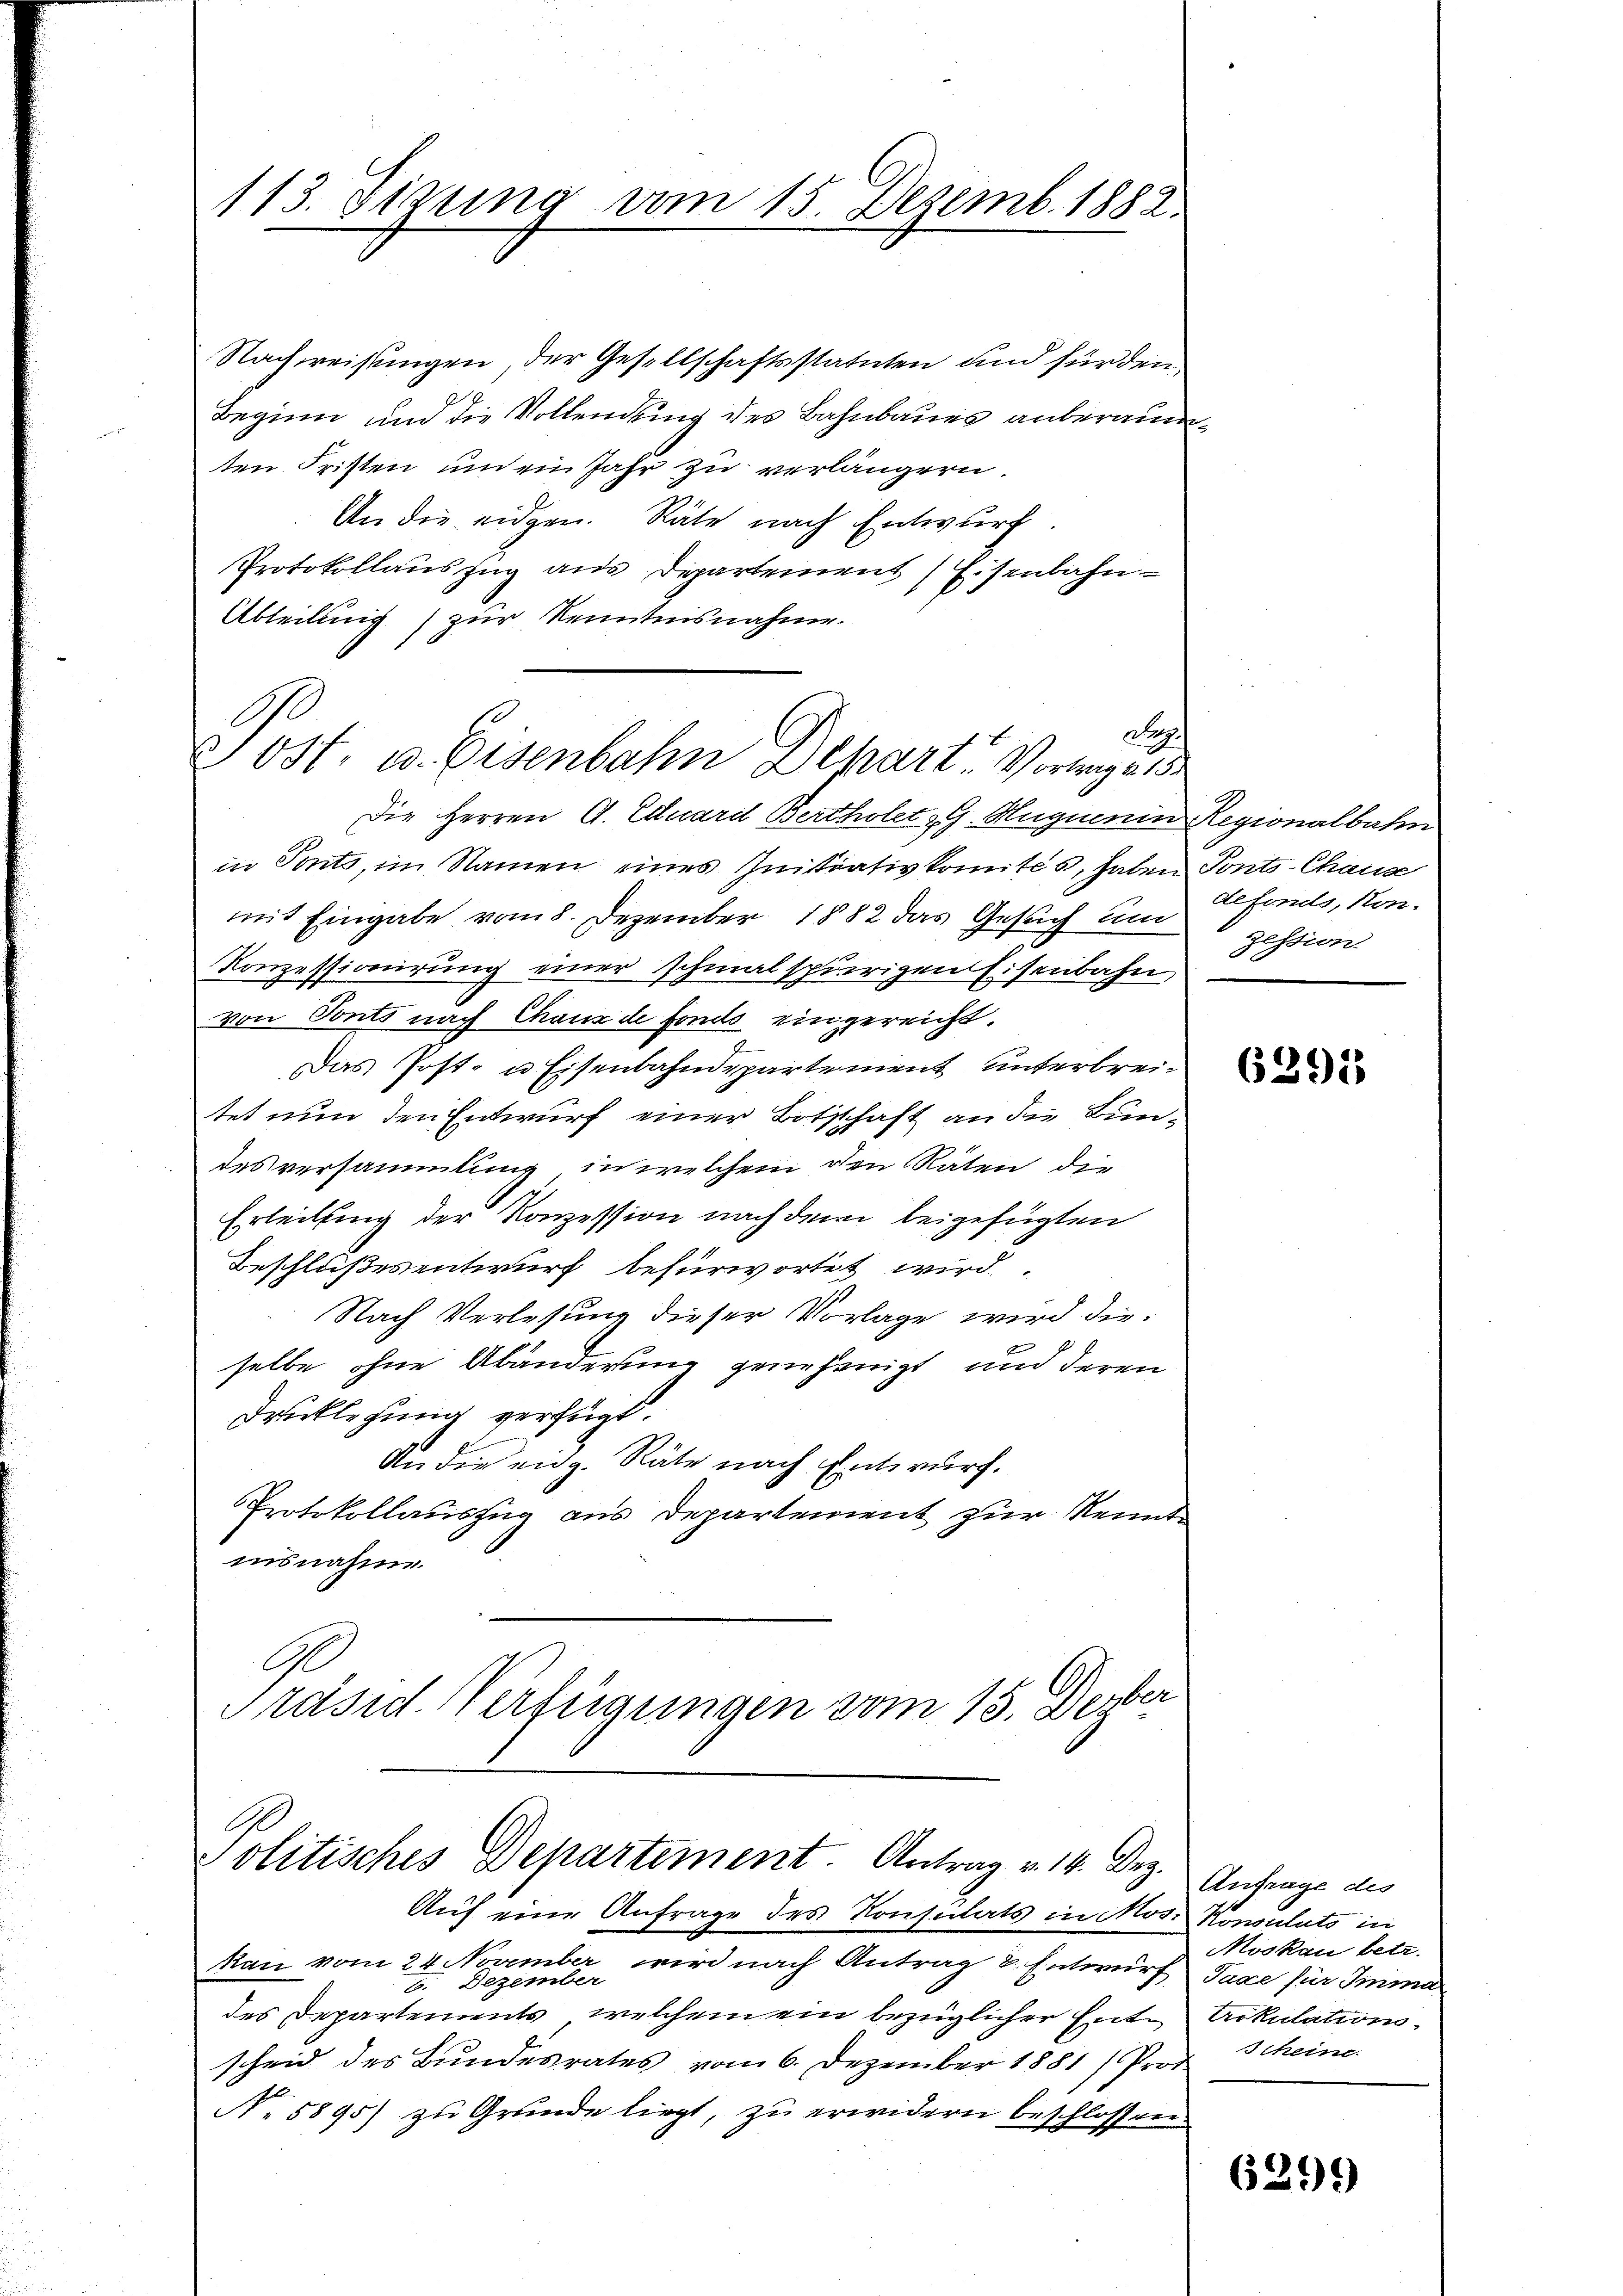
113. Sizung vom 15. Dezemb. 1882.

Nachweisungen, der Gesellschaftsstatuten und für den
Beginn und die Vollendung des Bahnbaues anberaumten Fristen und ein Jahr zu verlängern.
An die eidgen. Räte nach Entwurf
Protokollauszug aus Departement (Eisenbahn
Abteilung) zur Kenntnisnahme.
Die Herren G. Eduard Bertholet G. Hüguenin Regionalbahn
in Tonts, im Namen eines Initiativkomités, haben Ponts-Chause
mit Eingabe vom 8. Dezember 1882 das Gesuch um zession
Konzessionirung einer schmalspurigen Eisenbahn
von Ponto nach Chaux de fondo eingereicht.
Das Post- u Eisenbahndepartement unterbreitet nun den Entwurf einer Botschaft an die Bundes versammlung, in welchem den Räten die
Erteilung der Konzession nach dem beigefügten
Beschlußesentwurf befürwortet wird.
Nach Verlesung dieser Vorlage wird dieselbe ohne Abänderung genehmigt und deren
Drucklegung verfügt.
An die eidg. Räte nach Entwurf.
Protokollauszug aus Departement zur Kennt
insnahme.
Gl
Präsid. Verfügungen vom 15. Deber

Pr.
ost, u. Eisenbahn Depart Vorlage 15

Politisches Departement. Antrag v. 14. Dez.

Auf eine Anfrage des Konsulats in Mos. Konsulato in
kan vom 24. November wird nach Antrag 8. Entwurf Taxe für Imma
6. Dezember
des Departements, welchem ein bezüglicher Entscheid des Bundesrates vom 6. Dezember 1881) Prof.
N. 5895) zu Grunde liegt, zu erwidern beschlossen

defonds, son

63915

Anfrage des
Moskau betr.
trikulation.
Scheine

6291)